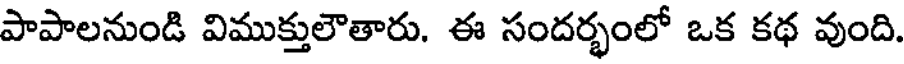
పాపాలనుండి విముక్తులౌతారు. ఈ సందర్భంలో ఒక కథ వుంది.